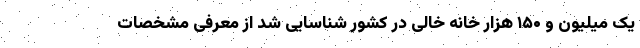
یک میلیون و ۱۵۰ هزار خانه خالی در کشور شناسایی شد از معرفی مشخصات